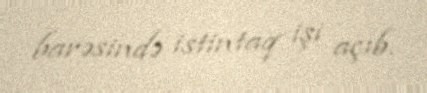
barəsində istintaq işi açıb.